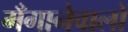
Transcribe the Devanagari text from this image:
मँगानेवालों